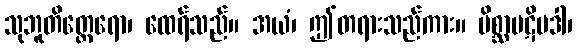
သုဘူတိတ္ထေရော၊ ထေရ်သည်။ အယံ၊ ဤတရားသည်ကား။ မိစ္ဆာပဋိပဒါ၊